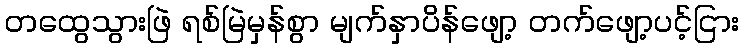
တထွေသွားဖြဲ ရစ်မြဲမှန်စွာ မျက်နှာပိန်ဖျော့ တက်ဖျော့ပင့်ငြား